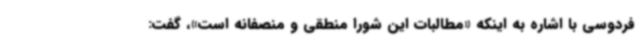
فردوسی با اشاره به اینکه «مطالبات این شورا منطقی و منصفانه است»، گفت: